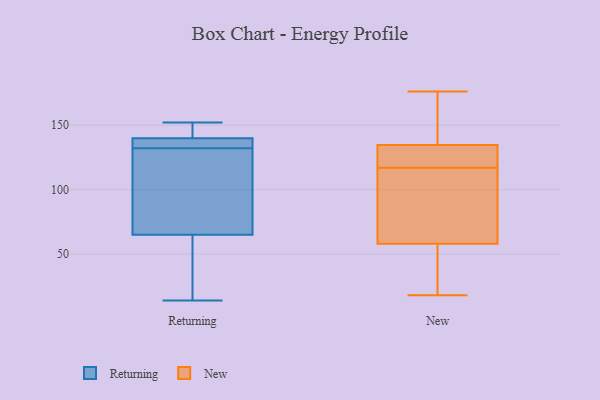
{"axis": {"x": "Operating Costs (USD K)", "y": "Value"}, "legend": ["New", "Returning"], "data": [{"x": "", "y": 136, "type": "Returning"}, {"x": "", "y": 60, "type": "Returning"}, {"x": "", "y": 85, "type": "Returning"}, {"x": "", "y": 20, "type": "Returning"}, {"x": "", "y": 14, "type": "Returning"}, {"x": "", "y": 151, "type": "Returning"}, {"x": "", "y": 132, "type": "Returning"}, {"x": "", "y": 139, "type": "Returning"}, {"x": "", "y": 140, "type": "Returning"}, {"x": "", "y": 80, "type": "Returning"}, {"x": "", "y": 152, "type": "Returning"}, {"x": "", "y": 127, "type": "New"}, {"x": "", "y": 18, "type": "New"}, {"x": "", "y": 142, "type": "New"}, {"x": "", "y": 110, "type": "New"}, {"x": "", "y": 171, "type": "New"}, {"x": "", "y": 58, "type": "New"}, {"x": "", "y": 91, "type": "New"}, {"x": "", "y": 124, "type": "New"}, {"x": "", "y": 176, "type": "New"}, {"x": "", "y": 153, "type": "New"}, {"x": "", "y": 114, "type": "New"}, {"x": "", "y": 54, "type": "New"}, {"x": "", "y": 38, "type": "New"}, {"x": "", "y": 125, "type": "New"}, {"x": "", "y": 117, "type": "New"}, {"x": "", "y": 58, "type": "New"}, {"x": "", "y": 132, "type": "New"}]}